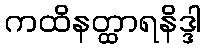
ကထိနတ္ထာရနိဒ္ဒါ